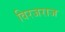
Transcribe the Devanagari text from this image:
विरजराज